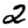
Digit: 2